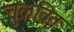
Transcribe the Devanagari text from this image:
चुकवित